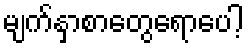
မျက်နှာစာတွေရောပေါ့